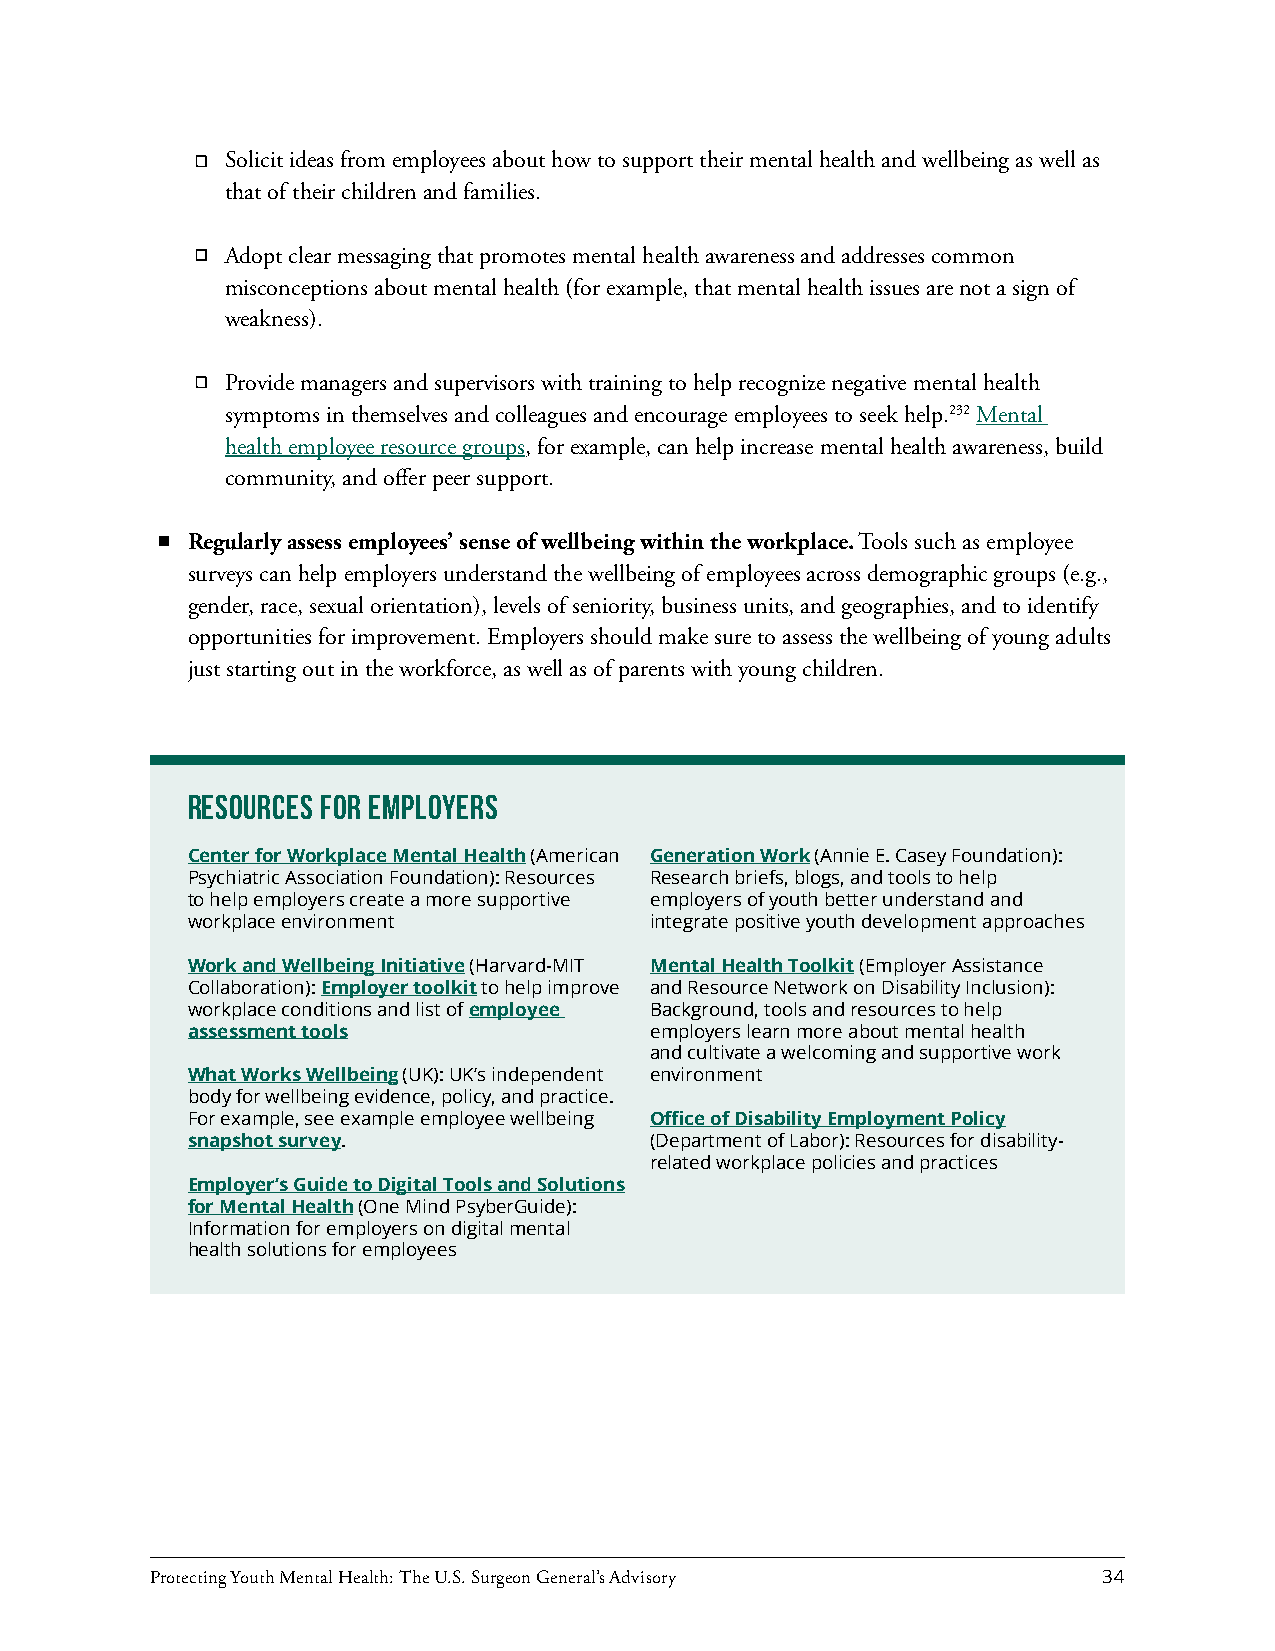
Solicit ideas from employees about how to support their mental health and wellbeing as well as
 that of their children and families.
 Adopt clear messaging that promotes mental health awareness and addresses common
 misconceptions about mental health (for example, that mental health issues are not a sign of
 weakness).
 Provide managers and supervisors with training to help recognize negative mental health
 symptoms in themselves and colleagues and encourage employees to seek help.232 Mental
 health employee resource groups, for example, can help increase mental health awareness, build
 community, and offer peer support.
 Regularly assess employees’ sense of wellbeing within the workplace. Tools such as employee
 surveys can help employers understand the wellbeing of employees across demographic groups (e.g.,
 gender, race, sexual orientation), levels of seniority, business units, and geographies, and to identify
 opportunities for improvement. Employers should make sure to assess the wellbeing of young adults
 just starting out in the workforce, as well as of parents with young children.
 Resources for Employers
 Center for Workplace Mental Health (American Generation Work (Annie E. Casey Foundation):
 Psychiatric Association Foundation): Resources Research briefs, blogs, and tools to help
 to help employers create a more supportive employers of youth better understand and
 workplace environment          integrate positive youth development approaches
 Work and Wellbeing Initiative (Harvard-MIT Mental Health Toolkit (Employer Assistance
 Collaboration): Employer toolkit to help improve and Resource Network on Disability Inclusion):
 workplace conditions and list of employee Background, tools and resources to help
 assessment tools               employers learn more about mental health
 and cultivate a welcoming and supportive work
 What Works Wellbeing (UK): UK’s independent environment
 body for wellbeing evidence, policy, and practice.
 For example, see example employee wellbeing Office of Disability Employment Policy
 snapshot survey.               (Department of Labor): Resources for disability-
 related workplace policies and practices
 Employer’s Guide to Digital Tools and Solutions
 for Mental Health (One Mind PsyberGuide):
 Information for employers on digital mental
 health solutions for employees
 Protecting Youth Mental Health: The U.S. Surgeon General’s Advisory 34